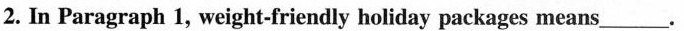
2. In Paragraph 1, weight-friendly holiday packages means___.